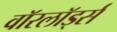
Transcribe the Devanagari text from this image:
वाॅरलाॅर्ड्स